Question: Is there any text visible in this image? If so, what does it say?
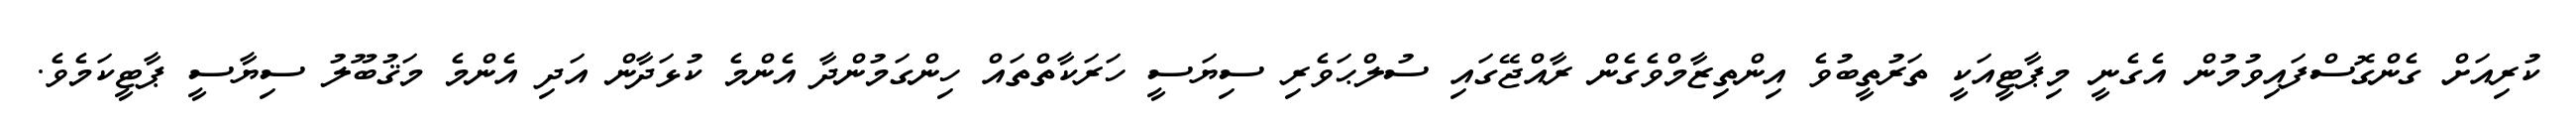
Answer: ކުރިއަށް ގެންގޮސްފައިވުމުން އެގެނީ މިޕާޓީއަކީ ތަރުތީބުވެ އިންތިޒާމްވެގެން ރާއްޖޭގައި ސުލްޙަވެރި ސިޔަސީ ހަރަކާތްތައް ހިންގަމުންދާ އެންމެ ކުޅަދާން އަދި އެންމެ މަޤުބޫލު ސިޔާސީ ޕާޓީކަމެވެ.